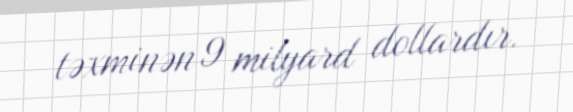
təxminən 9 milyard dollardır.